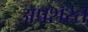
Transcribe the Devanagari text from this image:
अप्रशस्त